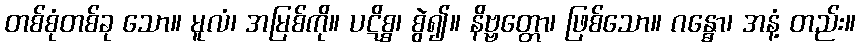
တစ်စုံတစ်ခု သော။ မူလံ၊ အမြစ်ကို။ ပဋိစ္စ၊ စွဲ၍။ နိဗ္ဗတ္တော၊ ဖြစ်သော။ ဂန္ဓော၊ အနံ့ တည်း။